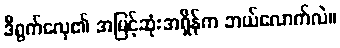
ဒီရွက်လှေ၏ အမြင့်ဆုံးအရှိန်က ဘယ်လောက်လဲ။